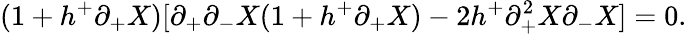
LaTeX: (1+h^{+}\partial_{+}X)[\partial_{+}\partial_{-}X(1+h^{+}\partial_{+}X)-2h^{+}\partial_{+}^{2}X\partial_{-}X]=0.